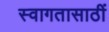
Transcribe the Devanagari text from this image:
स्वागतासाठीं